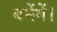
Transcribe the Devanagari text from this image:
बनेंगें।